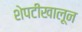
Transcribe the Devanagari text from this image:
शेपटीखालून